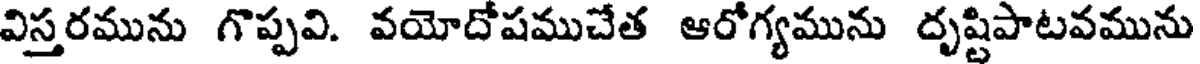
విస్తరమును గొప్పవి. వయోదోషముచేత ఆరోగ్యమును దృష్టిపాటవమును